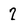
Character: 7